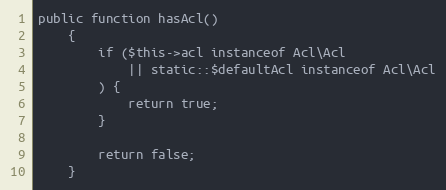
Language: PHP
public function hasAcl()
    {
        if ($this->acl instanceof Acl\Acl
            || static::$defaultAcl instanceof Acl\Acl
        ) {
            return true;
        }

        return false;
    }